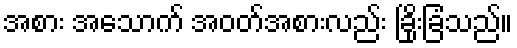
အစား အသောက် အဝတ်အစားလည်း ခြိုးခြံသည်။